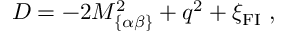
D = - 2 M _ { \{ \alpha \beta \} } ^ { 2 } + q ^ { 2 } + \xi _ { \mathrm { { \small F I } } } ~ ,